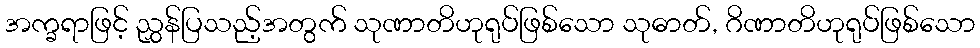
အက္ခရာဖြင့် ညွှန်ပြသည့်အတွက် သုဏာတိဟုရုပ်ဖြစ်သော သုဓာတ်, ဂိဏာတိဟုရုပ်ဖြစ်သော